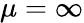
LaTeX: \mu=\infty